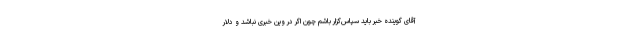
آقای گوینده خبر باید سپاس‌گزار باشم چون اگر در وین خبری نباشد و دلار